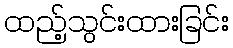
ထည့်သွင်းထားခြင်း